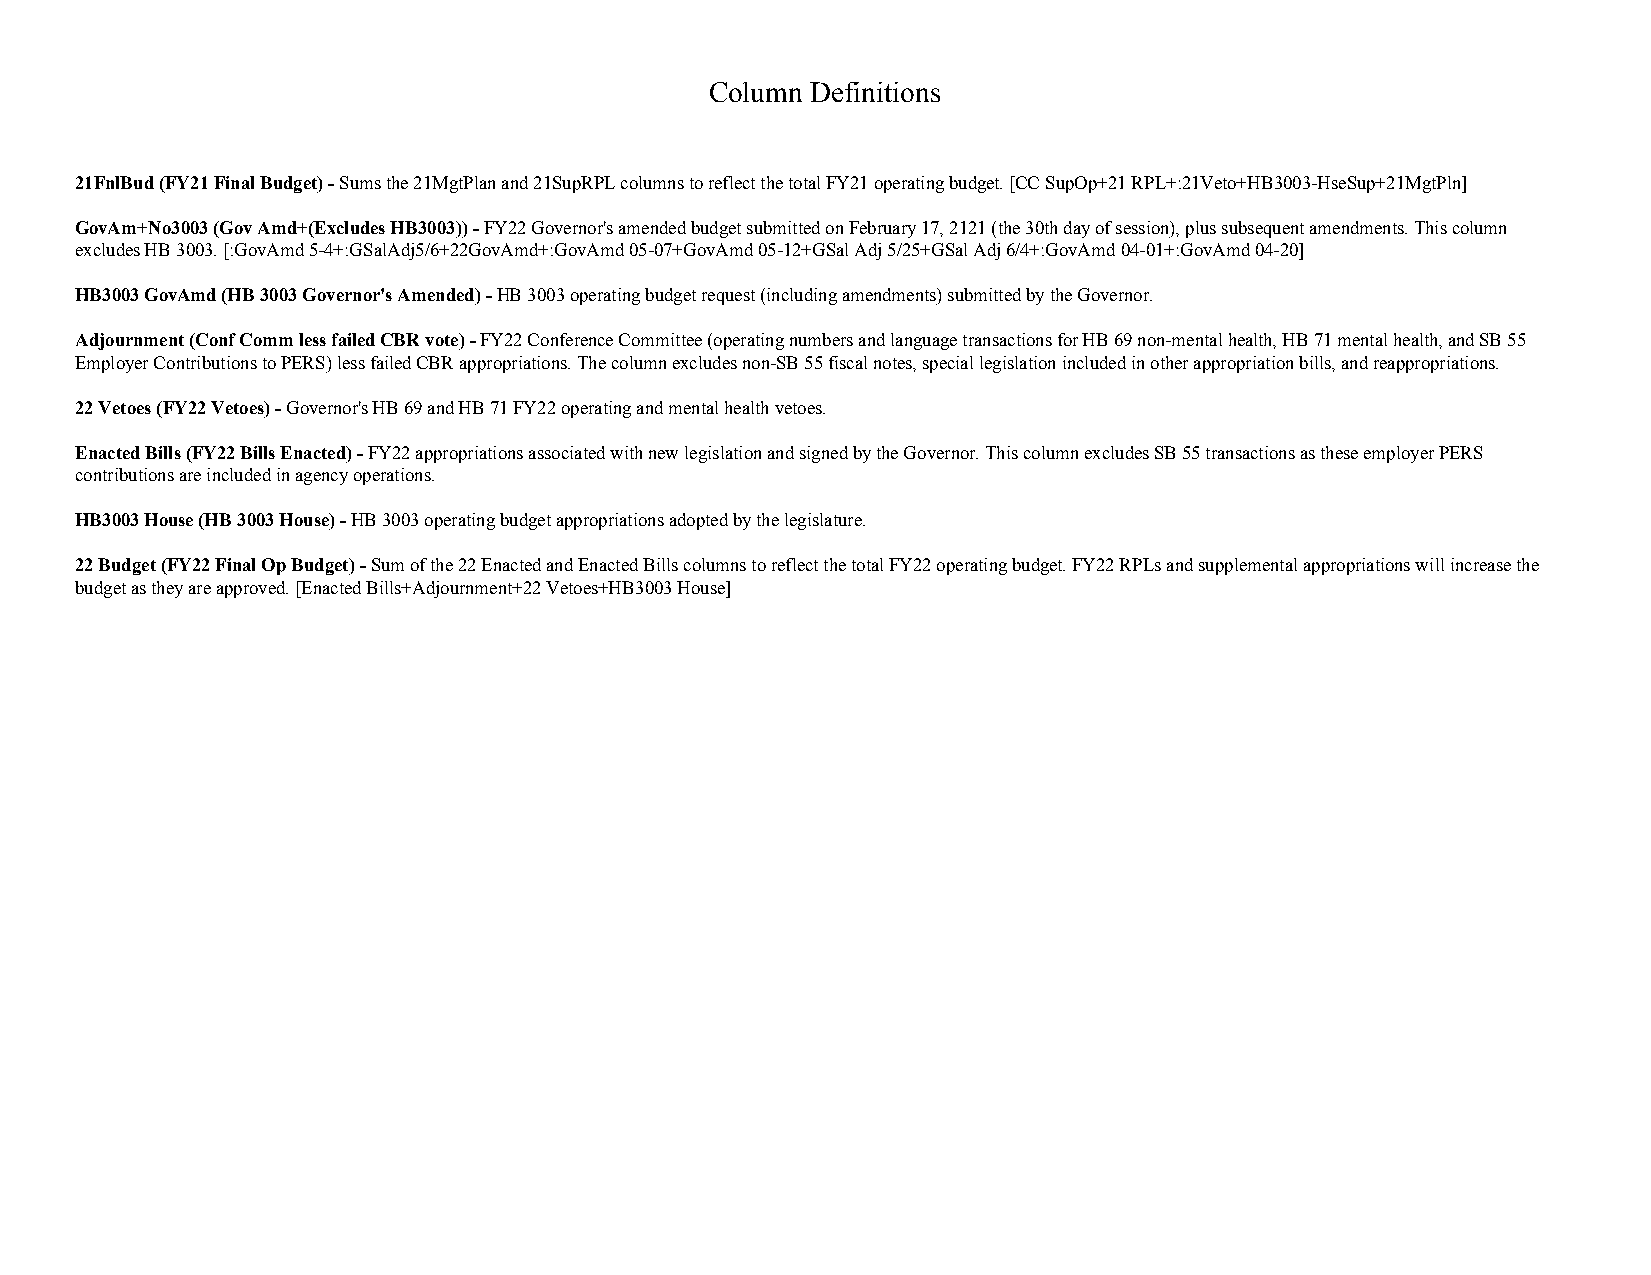
Column Definitions
 21FnlBud (FY21 Final Budget) - Sums the 21MgtPlan and 21SupRPL columns to reflect the total FY21 operating budget. [CC SupOp+21 RPL+:21Veto+HB3003-HseSup+21MgtPln]
 GovAm+No3003 (Gov Amd+(Excludes HB3003)) - FY22 Governor's amended budget submitted on February 17, 2121 (the 30th day of session), plus subsequent amendments. This column
 excludes HB 3003. [:GovAmd 5-4+:GSalAdj5/6+22GovAmd+:GovAmd 05-07+GovAmd 05-12+GSal Adj 5/25+GSal Adj 6/4+:GovAmd 04-01+:GovAmd 04-20]
 HB3003 GovAmd (HB 3003 Governor's Amended) - HB 3003 operating budget request (including amendments) submitted by the Governor.
 Adjournment (Conf Comm less failed CBR vote) - FY22 Conference Committee (operating numbers and language transactions for HB 69 non-mental health, HB 71 mental health, and SB 55
 Employer Contributions to PERS) less failed CBR appropriations. The column excludes non-SB 55 fiscal notes, special legislation included in other appropriation bills, and reappropriations.
 22 Vetoes (FY22 Vetoes) - Governor's HB 69 and HB 71 FY22 operating and mental health vetoes.
 Enacted Bills (FY22 Bills Enacted) - FY22 appropriations associated with new legislation and signed by the Governor. This column excludes SB 55 transactions as these employer PERS
 contributions are included in agency operations.
 HB3003 House (HB 3003 House) - HB 3003 operating budget appropriations adopted by the legislature.
 22 Budget (FY22 Final Op Budget) - Sum of the 22 Enacted and Enacted Bills columns to reflect the total FY22 operating budget. FY22 RPLs and supplemental appropriations will increase the
 budget as they are approved. [Enacted Bills+Adjournment+22 Vetoes+HB3003 House]